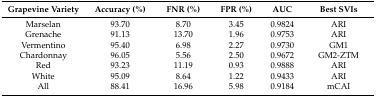
| Grapevine Variety | Accuracy (%) | FNR (%) | FPR (%) | AUC | Best SVIs |
 | --- | --- | --- | --- | --- | --- |
 | Marselan | 93.70 | 8.70 | 3.45 | 0.9824 | ARI |
 | Grenache | 91.13 | 13.70 | 1.96 | 0.9753 | ARI |
 | Vermentino | 95.40 | 6.98 | 2.27 | 0.9730 | GM1 |
 | Chardonnay | 96.05 | 5.56 | 2.50 | 0.9672 | GM2-ZTM |
 | Red | 93.23 | 11.19 | 0.93 | 0.9888 | ARI |
 | White | 95.09 | 8.64 | 1.22 | 0.9433 | ARI |
 | All | 88.41 | 16.96 | 5.98 | 0.9184 | mCAI |